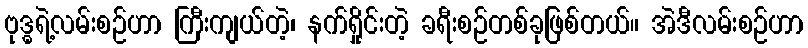
ဗုဒ္ဓရဲ့လမ်းစဉ်ဟာ ကြီးကျယ်တဲ့၊ နက်ရှိုင်းတဲ့ ခရီးစဉ်တစ်ခုဖြစ်တယ်။ အဲဒီလမ်းစဉ်ဟာ